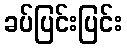
ခပ်ပြင်းပြင်း